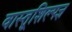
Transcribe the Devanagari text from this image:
वास्तूशिल्पज्ञ